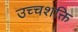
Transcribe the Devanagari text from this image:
उच्चशक्ति